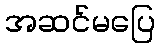
အဆင်မပြေ